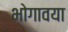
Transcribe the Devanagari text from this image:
भोगावया